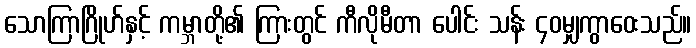
သောကြာဂြိုဟ်နှင့် ကမ္ဘာတို့၏ ကြားတွင် ကီလိုမီတာ ပေါင်း သန်း ၄၀မျှကွာဝေးသည်။